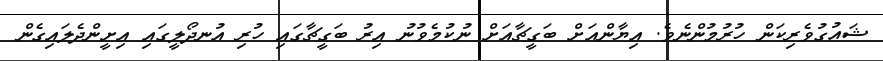
ޝައުގުވެރިކަން ހުރުމުންނެވެ. އިޔާންއަށް ބަގީޗާއަށް ނުކުމެވުނު އިރު ބަގީޗާގައި ހުރި އުނދޯލީގައި އިށީންދެލައިގެން